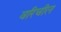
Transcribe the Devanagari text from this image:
वरिचील